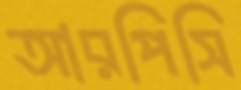
আরপিসি